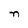
Character: n